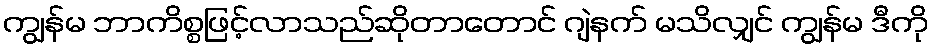
ကျွန်မ ဘာကိစ္စဖြင့်လာသည်ဆိုတာတောင် ဂျဲနက် မသိလျှင် ကျွန်မ ဒီကို